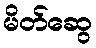
မိတ်ဆွေ